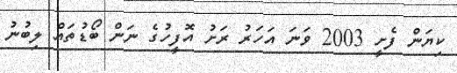
ކިޔަން ފެށީ 2003 ވަނަ އަހަރު ރަށު އޮފީހުގެ ނަން ބޯޑުތައް ލިބުނު